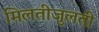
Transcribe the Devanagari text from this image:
मिलतीजुलती